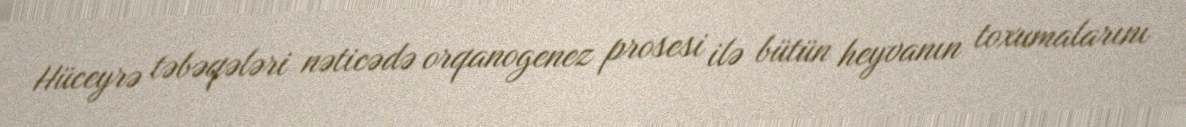
Hüceyrə təbəqələri nəticədə orqanogenez prosesi ilə bütün heyvanın toxumalarını